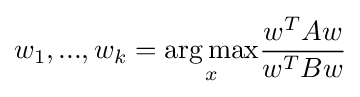
{w_{1},...,w_{k}}={\underset {x}{\operatorname {arg\,max} }}{\frac {w^{T}Aw}{w^{T}Bw}}